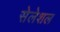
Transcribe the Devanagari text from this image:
सेलेशल